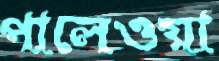
পালেওয়া